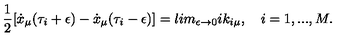
{ \frac { 1 } { 2 } } [ \dot { x } _ { \mu } ( \tau _ { i } + \epsilon ) - \dot { x } _ { \mu } ( \tau _ { i } - \epsilon ) ] = l i m _ { \epsilon \rightarrow 0 } i k _ { i \mu } , \quad i = 1 , . . . , M .